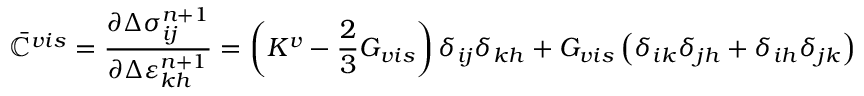
\bar { \mathbb { C } } ^ { v i s } = \frac { \partial \Delta \sigma _ { i j } ^ { n + 1 } } { \partial \Delta \varepsilon _ { k h } ^ { n + 1 } } = \left( K ^ { v } - \frac { 2 } { 3 } G _ { v i s } \right) \delta _ { i j } \delta _ { k h } + G _ { v i s } \left( \delta _ { i k } \delta _ { j h } + \delta _ { i h } \delta _ { j k } \right)